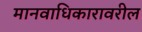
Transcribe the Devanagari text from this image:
मानवाधिकारावरील